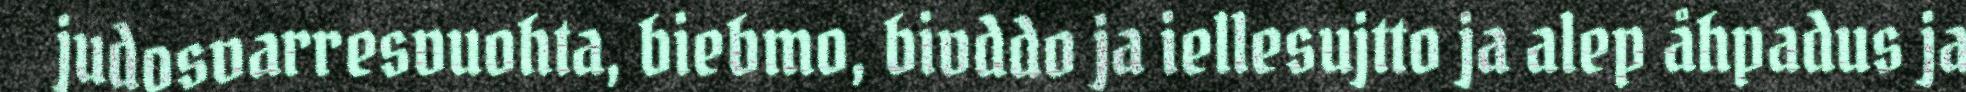
judosvarresvuohta, biebmo, bivddo ja iellesujtto ja alep åhpadus ja